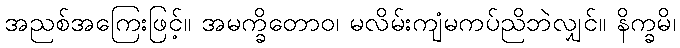
အညစ်အကြေးဖြင့်။ အမက္ခိတောဝ၊ မလိမ်းကျံမကပ်ညိဘဲလျှင်။ နိက္ခမိ၊